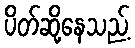
ပိတ်ဆို့နေသည့်